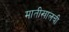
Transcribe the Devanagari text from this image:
मातीखालची